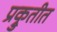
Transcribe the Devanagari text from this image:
प्रक्रुतीत